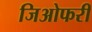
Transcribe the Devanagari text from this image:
जिओफरी